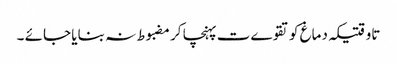
تاوقتیکہ دماغ کو تقوےت پہنچا کر مضبوط نہ بنایا جائے ۔